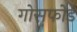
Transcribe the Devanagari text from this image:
गोसफोर्ड